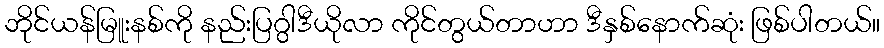
ဘိုင်ယန်မြူးနစ်ကို နည်းပြဂွါဒီယိုလာ ကိုင်တွယ်တာဟာ ဒီနှစ်နောက်ဆုံး ဖြစ်ပါတယ်။